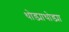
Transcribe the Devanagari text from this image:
थोड्याथोड्या